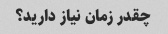
چقدر زمان نیاز دارید؟